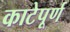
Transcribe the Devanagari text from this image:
काटेपूर्ण